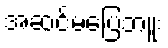
အဆင်မပြေဘူး